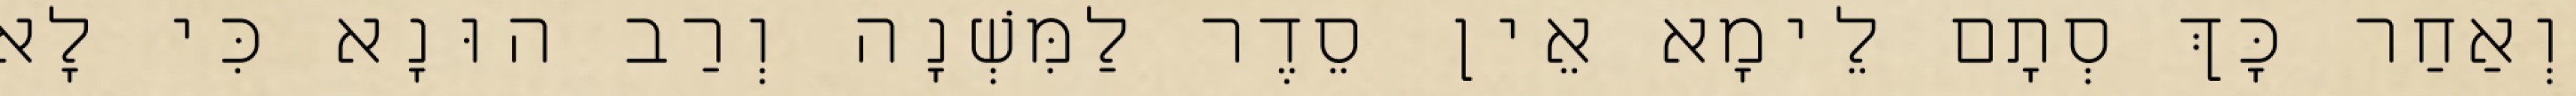
וְאַחַר כָּךְ סְתָם לֵימָא אֵין סֵדֶר לַמִּשְׁנָה וְרַב הוּנָא כִּי לָא